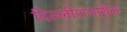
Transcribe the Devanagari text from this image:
दिल्लीशेजारील